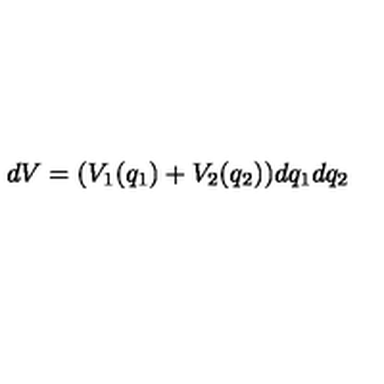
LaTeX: d V = ( V _ { 1 } ( q _ { 1 } ) + V _ { 2 } ( q _ { 2 } ) ) d q _ { 1 } d q _ { 2 }